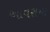
આવરાયા